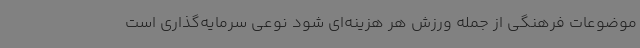
موضوعات فرهنگی از جمله ورزش هر هزینه‌ای شود نوعی سرمایه‌گذاری است